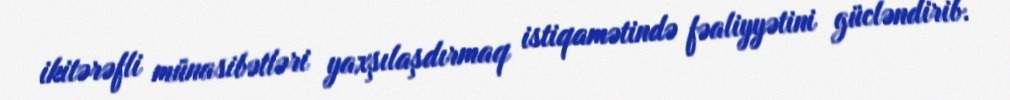
ikitərəfli münasibətləri yaxşılaşdırmaq istiqamətində fəaliyyətini gücləndirib.